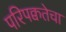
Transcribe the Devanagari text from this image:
परिपक्वतेचा